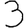
Digit: 3